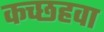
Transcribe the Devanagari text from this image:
कच्छहवा